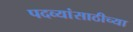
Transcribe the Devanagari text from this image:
पदव्यांसाठीच्या